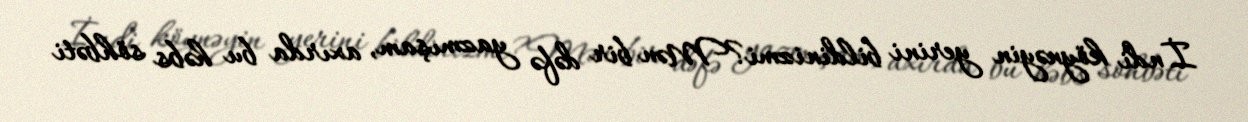
İndi köynəyin yerini bildinizmi?Mən bir dəfə yazmışam, axırda bu həbs söhbəti